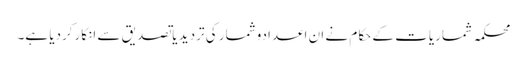
محکمہ شماریات کے حکام نے ان اعدادوشمار کی تردید یاتصدیق سے انکارکردیا ہے۔